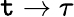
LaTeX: \mathtt{t}\rightarrow\tau